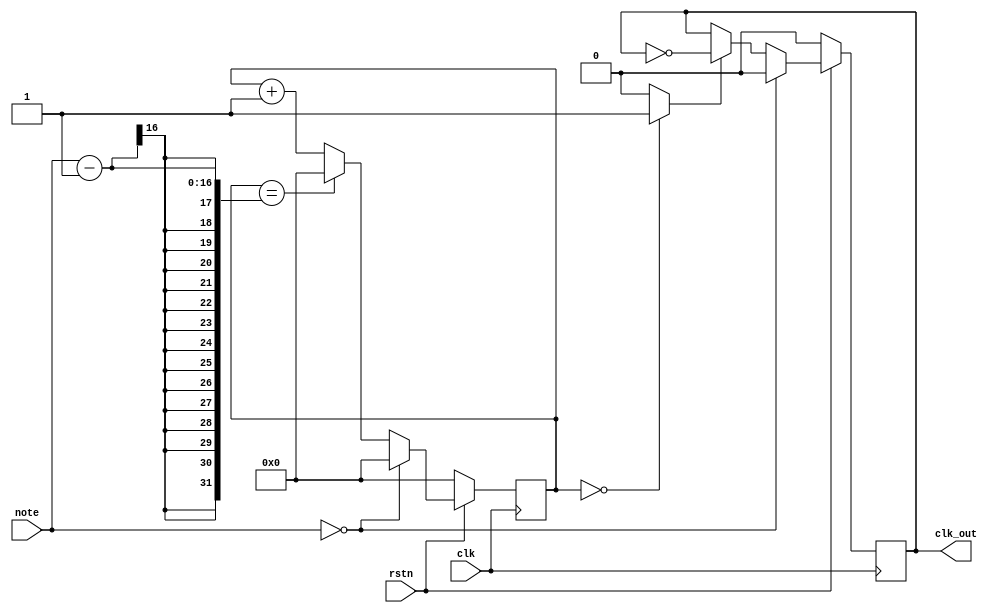
// This program was cloned from: https://github.com/Obijuan/open-fpga-verilog-tutorial
// License: GNU General Public License v2.0

//-----------------------------------------------------------------------------
//-- Divisor de frecuencias para generacion de notas musicales
//-- (c) BQ. October 2015. written by Juan Gonzalez (obijuan)
//-----------------------------------------------------------------------------
//-- GPL license
//-----------------------------------------------------------------------------
//-- Esta formado por dos divisores en cadena. El primero genera un pulso
//-- de anchura 1 ciclo de reloj, y frecuencia de la nota 2 * note
//-- Esta seal se pasa por un divisor entre 2, para generar una seal con
//-- ciclo de trabajo del 50% y frecuencia note
//-----------------------------------------------------------------------------

module notegen(input wire clk,          //-- Senal de reloj global
               input wire rstn,         //-- Reset
               input wire [15:0] note,  //-- Divisor
               output reg clk_out);     //-- Seal de salida

wire clk_tmp;

//-- Registro para implementar el contador modulo note
reg [15:0] divcounter = 0;

//-- Contador mdulo note
always @(posedge clk)

  //-- Reset
  if (rstn == 0)
    divcounter <= 0;      

  //-- Si la nota es 0 no se incrementa contador
  else if (note == 0)
    divcounter <= 0;

  //-- Si se alcanza el tope, poner a 0
  else if (divcounter == note - 1)
    divcounter <= 0;

  //-- Incrementar contador
  else
    divcounter <= divcounter + 1;

//-- Sacar un pulso de anchura 1 ciclo de reloj si el generador
assign clk_tmp = (divcounter == 0) ? 1 : 0;

//-- Divisor de frecuencia entre 2, para obtener como salida una seal
//-- con un ciclo de trabajo del 50%
always @(posedge clk)
  if (rstn == 0)
    clk_out <= 0;

  else if (note == 0)
    clk_out <= 0;

  else if (clk_tmp == 1)
    clk_out <= ~clk_out;
 
endmodule